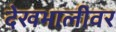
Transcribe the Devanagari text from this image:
देखभालीवर